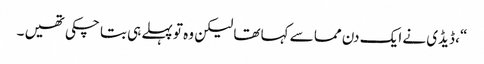
“، ڈیڈی نے ایک دن مما سے کہا تھا لیکن وہ تو پہلے ہی بتا چکی تھیں ۔